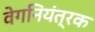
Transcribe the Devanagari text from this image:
वेगनियंत्रक